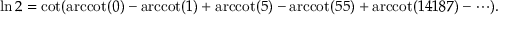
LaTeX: \ln 2 = \cot ( { \operatorname { a r c c o t } ( 0 ) - \operatorname { a r c c o t } ( 1 ) + \operatorname { a r c c o t } ( 5 ) - \operatorname { a r c c o t } ( 5 5 ) + \operatorname { a r c c o t } ( 1 4 1 8 7 ) - \cdots } ) .